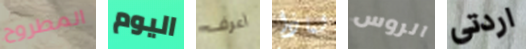
المطروح اليوم أعرف لماذا الروس اردتى